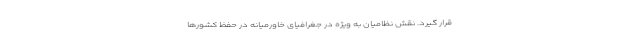
قرار گیرد. نقش نظامیان به ویژه در جغرافیای خاورمیانه در حفظ کشورها